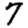
Digit: 7